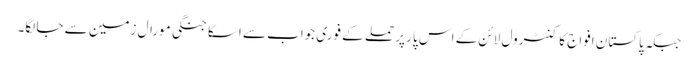
جبکہ پاکستان افواج کا کنٹرول لائن کے اس پار پر حملے کے فوری جواب سے اسکا جنگی مورال زمین سے جا لگا۔